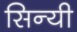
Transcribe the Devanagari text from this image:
सिन्यी